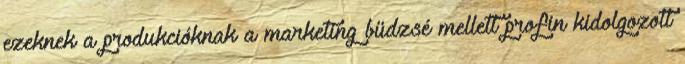
ezeknek a produkcióknak a marketing büdzsé mellett profin kidolgozott